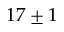
1 7 \pm 1